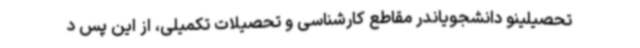
تحصیلینو دانشجویاندر مقاطع کارشناسی و تحصیلات تکمیلی، از این پس د